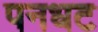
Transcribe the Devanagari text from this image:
पनधट